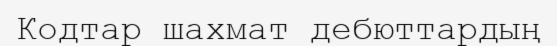
Кодтар шахмат дебюттардың